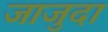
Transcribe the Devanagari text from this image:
जाजुदा